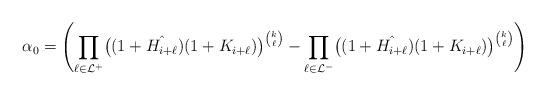
LaTeX: \begin{align*} \alpha_0=\Biggl( \prod_{\ell \in \mathcal{L}^+} \bigl( (1+\hat{H_{i+\ell}})(1+K_{i+\ell}) \bigr)^{\binom{k}{\ell}} - \prod_{\ell \in \mathcal{L}^-} \bigl( (1+\hat{H_{i+\ell}})(1+K_{i+\ell}) \bigr)^{\binom{k}{\ell}} \Biggr)\end{align*}